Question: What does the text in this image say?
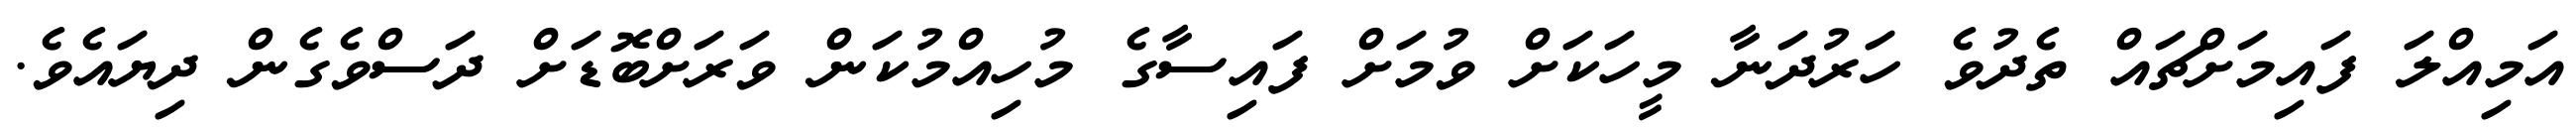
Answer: އަމިއްލަ ފައިމަށްޗައް ތެދުވެ ހަރުދަނާ މީހަކަށް ވުމަށް ފައިސާގެ މުހިއްމުކަން ވަރަށްބޮޑަށް ދަސްވެގެން ދިޔައެވެ.